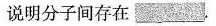
说明分子间存在___.